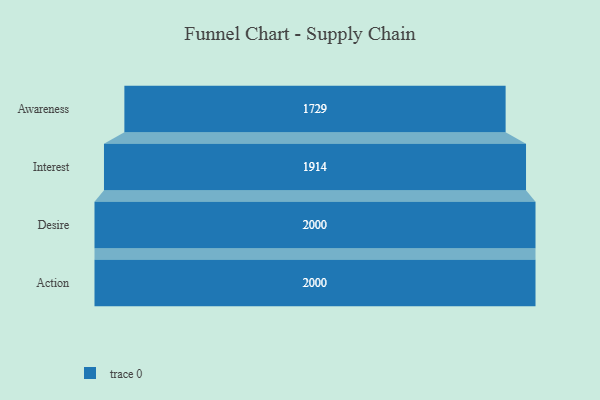
{"axis": {"x": "Stage", "y": "Value"}, "legend": [""], "data": [{"x": "Awareness", "y": 1729.0, "type": ""}, {"x": "Interest", "y": 1914.0, "type": ""}, {"x": "Desire", "y": 2000, "type": ""}, {"x": "Action", "y": 2000, "type": ""}]}